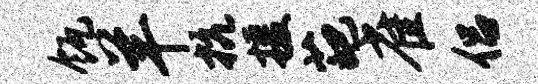
瓴羊抗援葩雀侣